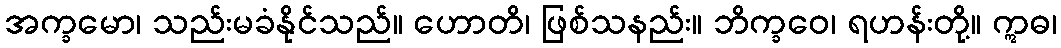
အက္ခမော၊ သည်းမခံနိုင်သည်။ ဟောတိ၊ ဖြစ်သနည်း။ ဘိက္ခဝေ၊ ရဟန်းတို့။ ဣဓ၊